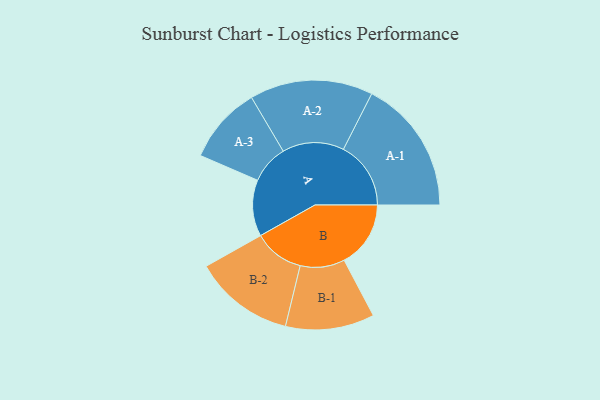
{"axis": {"x": "Segment", "y": "Value"}, "legend": ["", "A", "B"], "data": [{"x": "A", "y": 184, "type": ""}, {"x": "B", "y": 217, "type": ""}, {"x": "A-1", "y": 220, "type": "A"}, {"x": "A-2", "y": 201, "type": "A"}, {"x": "A-3", "y": 126, "type": "A"}, {"x": "B-1", "y": 145, "type": "B"}, {"x": "B-2", "y": 164, "type": "B"}]}